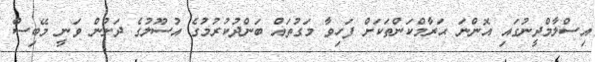
އިސްލާމްދީނުގައި އޮންނަ ޙަރާމްކަންތަކަށް ފަހިވާ މަގުތައް ބަންދުކުރުމުގެ އުސޫލުގެ ދަށުން ވަނީ މޭބިސް